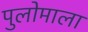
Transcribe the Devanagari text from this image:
पुलोमाला